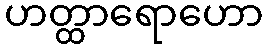
ဟတ္ထာရောဟော